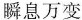
瞬息万变